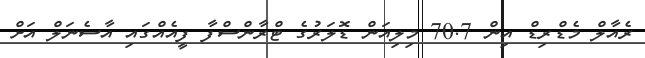
ރެއާލް މެޑްރިޑް އިން 70.7 މިލިއަން ޑޮލަރުގެ ޓްރާންސްފާ ފީއެއްގައި އާސެނަލް އަށް